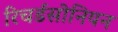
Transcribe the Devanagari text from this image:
रिचर्डसोनियन